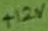
Text: +12V